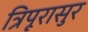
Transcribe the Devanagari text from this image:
त्रिपूरासुर